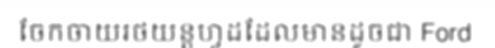
ចែកចាយរថយន្តហ្វដដែលមានដូចជា Ford